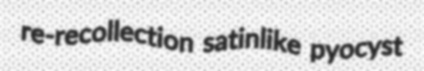
re-recollection satinlike pyocyst